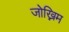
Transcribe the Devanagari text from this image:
जोख्निम